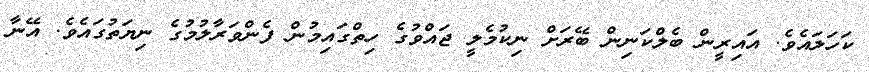
ކަހަލައެވެ. އައިރީން ބެލްކަނިން ބޭރަށް ނިކުމެލީ ޖައްވުގެ ހިތްގައިމުން ފެންވަރާލުމުގެ ނިޔަތުގައެވެ. އޭނާ